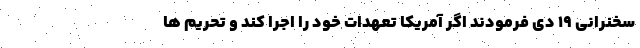
سخنرانی 19 دی فرمودند اگر آمریکا تعهدات خود را اجرا کند و تحریم ها